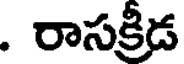
. రాసక్రీడ